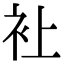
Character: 𧘕